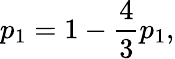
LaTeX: p_{1}=1-\frac{4}{3}p_{1},